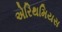
એરિથમિયસ